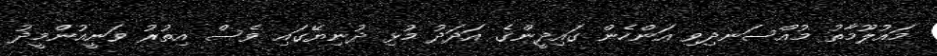
މައުލޫމާތު މުއްސަނދިވި އަންހެން ގައިދީންގެ އަދަދު މުޅި ދުނިޔޭގައި ވެސް އިތުުރު ވަނީއުންމީދު